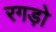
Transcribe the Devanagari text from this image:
रगड़ो